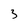
Character: 3